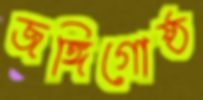
জঙ্গিগোষ্ঠ